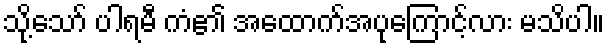
သို့သော် ပါရမီ ကံ၏ အထောက်အပုကြောင့်လား မသိပါ။